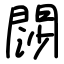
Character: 閯